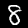
Digit: 8